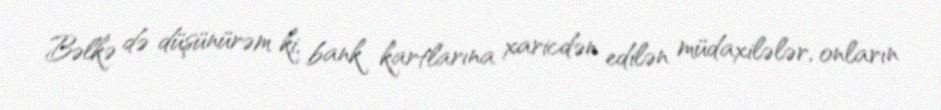
Bəlkə də düşünürəm ki, bank kartlarına xaricdən edilən müdaxilələr, onların